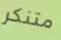
متنكر